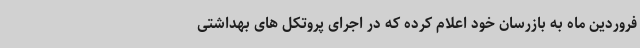
فروردین ماه به بازرسان خود اعلام کرده که در اجرای پروتکل های بهداشتی